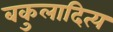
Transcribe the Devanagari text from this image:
बकुलादित्य